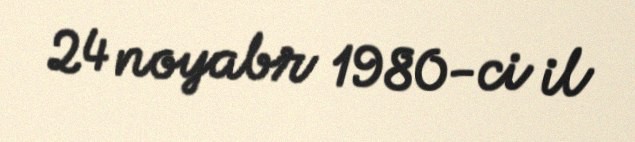
24 noyabr 1980-ci il